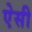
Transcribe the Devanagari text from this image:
एेसी